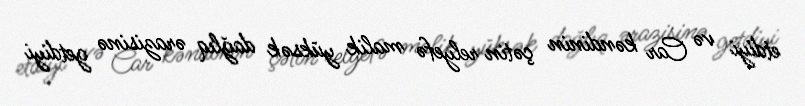
etdiyi və Car kəndinin çətin relyefə malik yüksək dağlıq ərazisinə getdiyi